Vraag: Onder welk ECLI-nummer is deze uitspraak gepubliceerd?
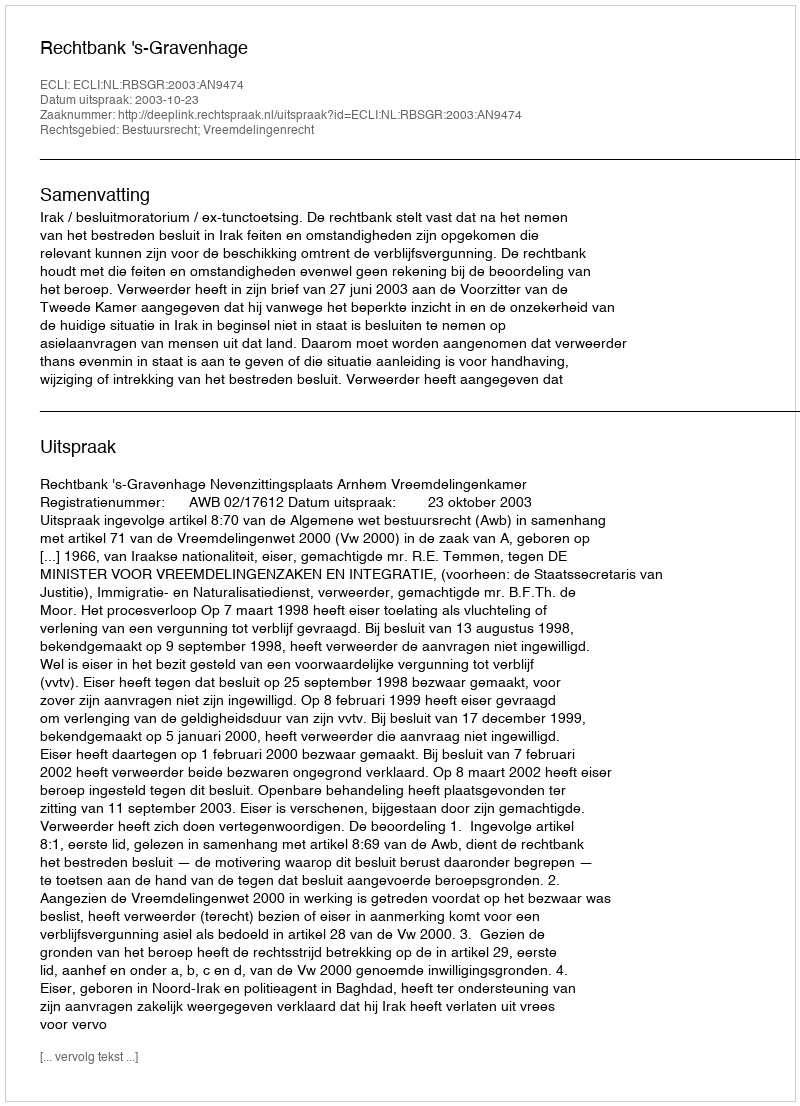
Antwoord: ECLI:NL:RBSGR:2003:AN9474